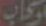
سحاب